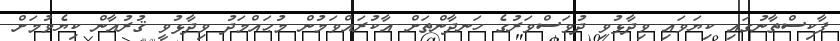
ޕާކިސްތާނުގައި ކިޔަވައި ވިދާޅުވި ދުވަސްވަރުގެ ހަނދާންތަށް އާކުރައްވަމުން މުޙައްމަދު ވިދާޅުވީ ޤުރުއާން ކިޔެވުމަށް